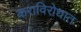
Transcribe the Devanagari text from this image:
कराविरोधात